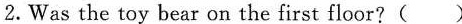
2.Was the toy bear on the first floor?（）